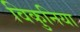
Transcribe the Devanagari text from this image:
विकुनिया